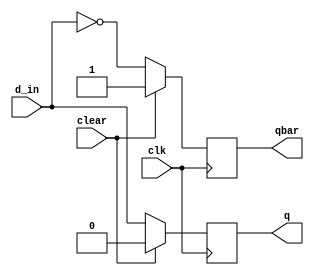
module d_flip_flop_sync(d_in,clk,clear,q,qbar); 
input d_in, clk, clear; 
output reg q, qbar; 
always@(posedge clk) 
begin
if(clear== 1)
begin
q<=0;
qbar <= 1;
end
else 
begin
q<=d_in; 
qbar=!d_in;
end 
end 
endmodule